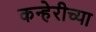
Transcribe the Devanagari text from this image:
कन्हेरीच्या